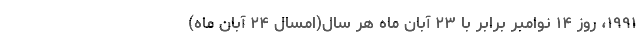
۱۹۹۱، روز ۱۴ نوامبر برابر با ۲۳ آبان ماه هر سال(امسال ۲۴ آبان ماه)